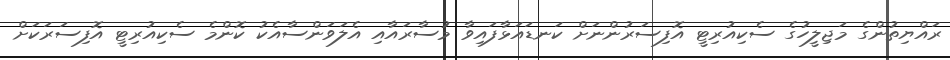
ރައްޔިތުންގެ މަޖިލީހުގެ ސެކިއުރިޓީ އޮފިސަރުންނަށް ކަނޑައަޅާފައިވާ މުސާރައާއި އެލަވަންސާއެކު ކޮންމެ ސެކިއުރިޓީ އޮފިސަރަކަށް